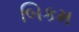
બિકમ